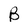
Character: B